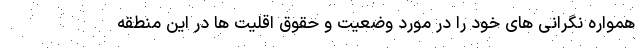
همواره نگرانی های خود را در مورد وضعیت و حقوق اقلیت ها در این منطقه